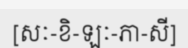
[សៈ-ខិ-ឡៈ-ភា-សី]